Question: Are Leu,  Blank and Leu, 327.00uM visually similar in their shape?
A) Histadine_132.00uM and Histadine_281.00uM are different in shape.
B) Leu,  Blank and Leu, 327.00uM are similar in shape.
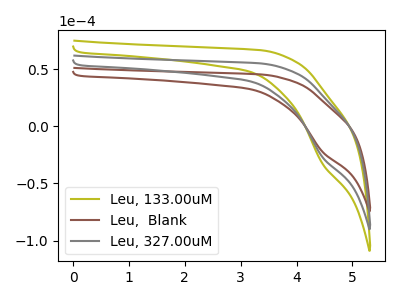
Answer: <think>The olive curve "Leu, 133.00uM" has a cathodic peak at: (4.45V, -54.15uA). The brown curve "Leu,  Blank" has a cathodic peak at: (4.45V, -22.35uA). The gray curve "Leu, 327.00uM" has a cathodic peak at: (4.45V, -27.10uA).
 All the peaks in "Leu,  Blank" have a peak in "Leu, 327.00uM" at the same potential. Every peak in "Leu,  Blank" is lower than every peak in "Leu, 327.00uM".</think>
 <answer>B) "Leu,  Blank" and "Leu, 327.00uM" are similar in shape.</answer>
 <eval>B</eval>